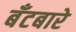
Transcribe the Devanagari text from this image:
बँटबारे